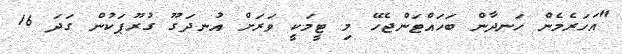
"އަހަރެމެން ހަނދާން ބަހައްޓަންޖެހޭ މި ޓީމަކީ ވަރަށް އުނދަގޫ ގުރޫޕަކުން ގަދަ 16